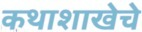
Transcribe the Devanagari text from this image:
कथाशाखेचे